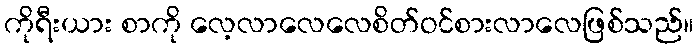
ကိုရီးယား စာကို လေ့လာလေလေစိတ်ဝင်စားလာလေဖြစ်သည်။